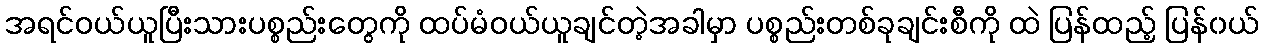
အရင်ဝယ်ယူပြီးသားပစ္စည်းတွေကို ထပ်မံဝယ်ယူချင်တဲ့အခါမှာ ပစ္စည်းတစ်ခုချင်းစီကို ထဲ ပြန်ထည့် ပြန်၀ယ်